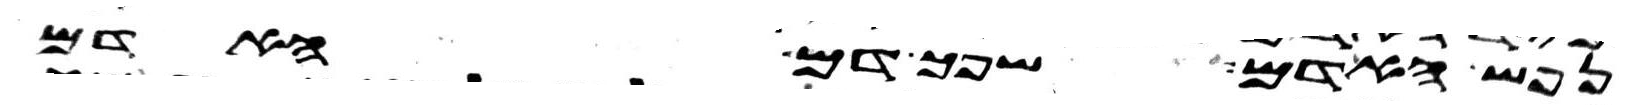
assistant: נפש האדם שפך דם האדם